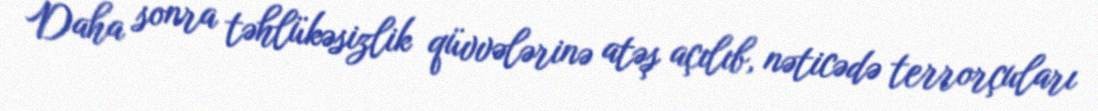
Daha sonra təhlükəsizlik qüvvələrinə atəş açılıb, nəticədə terrorçuları